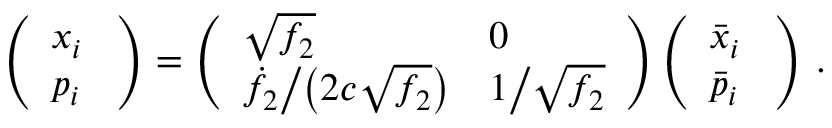
\left( \begin{array} { l } { x _ { i } \ } \\ { p _ { i } } \end{array} \right) = \left( \begin{array} { l l } { \sqrt { f _ { 2 } } } & { 0 \ } \\ { \dot { f } _ { 2 } \big / \big ( 2 c \sqrt { f _ { 2 } } \big ) } & { 1 \big / \sqrt { f _ { 2 } } } \end{array} \right) \left( \begin{array} { l } { \bar { x } _ { i } \ } \\ { \bar { p } _ { i } } \end{array} \right) \, .